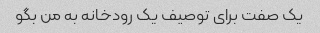
یک صفت برای توصیف یک رودخانه به من بگو